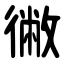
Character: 徶